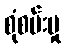
စုံစမ်းမှု